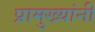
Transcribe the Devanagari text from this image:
प्रामुख्यांनी